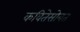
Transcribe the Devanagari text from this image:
कवितेसोबत